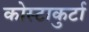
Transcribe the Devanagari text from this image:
कोस्टाकुर्टा